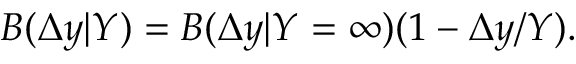
B ( \Delta y | Y ) = B ( \Delta y | Y = \infty ) ( 1 - \Delta y / Y ) .